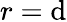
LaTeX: r=\mathrm{d}